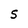
Character: S